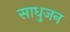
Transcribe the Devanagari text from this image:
साधुजन